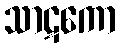
သာဋကော